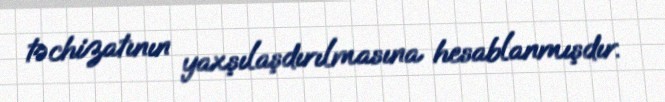
təchizatının yaxşılaşdırılmasına hesablanmışdır.